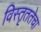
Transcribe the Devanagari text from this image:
विस्तृततेचा